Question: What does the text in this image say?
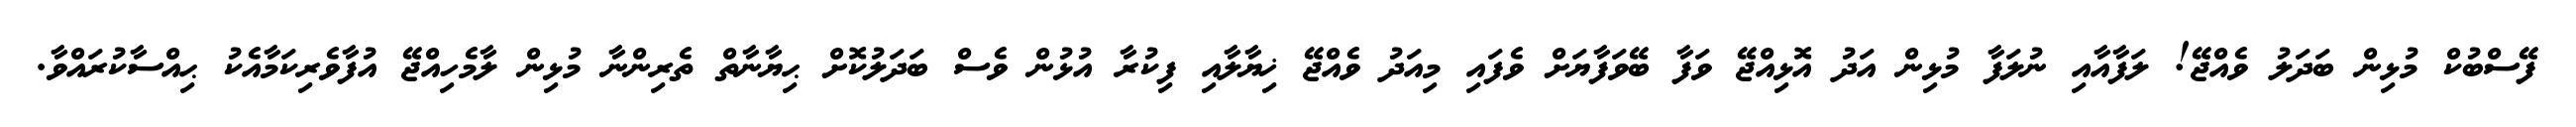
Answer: ފޭސްބުކް މުޅިން ބަދަލު ވެއްޖޭ! ލަފާއާއި ނުލަފާ މުޅިން އަދު އޮޅިއްޖޭ ވަފާ ބޭވަފާޔަށް ވެފައި މިއަދު ވެއްޖޭ ޚިޔާލާއި ފިކުރާ އުޅުން ވެސް ބަދަލުކޮށް ޙިޔާނާތް ތެރިންނާ މުޅިން ލާމެހިއްޖޭ އުފާވެރިކަމާއެކު ޙިއްސާކުރައްވާ.